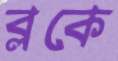
ব্লকে